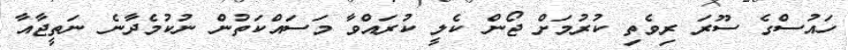
ހައުސްގެ ސޫރަ ރިވެތި ކުރުމަށް ޖޯން ކެލީ ކުރައްވާ މަސައްކަތުން ނުކުމެދާނެ ނަތީޖާއާ